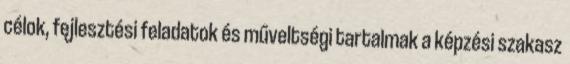
célok, fejlesztési feladatok és műveltségi tartalmak a képzési szakasz